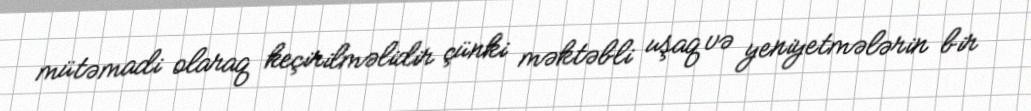
mütəmadi olaraq keçirilməlidir çünki məktəbli uşaq və yeniyetmələrin bir